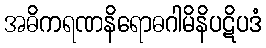
အဓိကရဏနိရောဓဂါမိနိပဋိပဒံ